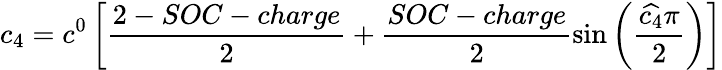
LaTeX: c_{4}=c^{0}\left[\frac{2-SOC-charge}{2}+\frac{SOC-charge}{2}\sin\left(\frac{\widehat{c_{4}}\pi}{2}\right)\right]